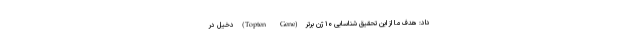
داد: هدف ما از این تحقیق شناسایی ۱۰ ژن برتر (Topten Gene) دخیل در